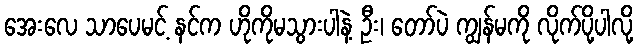
အေးလေ သာပေမင့် နင်က ဟိုကိုမသွားပါနဲ့ ဦး၊ တော်ပဲ ကျွန်မကို လိုက်ပို့ပါလို့